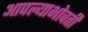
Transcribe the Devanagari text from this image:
आपल्याभोवती